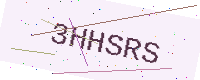
Text: 3HHSRS